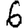
Digit: 6